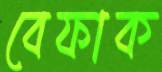
বেফাক